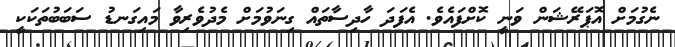
ނެގުމަށް އޮޕަރޭޝަން ވަނީ ކޮށްފައެވެ. އެފަދަ ހާދިސާތައް ގިނަވުމަށް މެދުވެރިވާ މައިގަނޑު ސަބަބުތަކަކީ